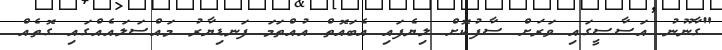
"ގާނޫނު އަސާސީގައި ވަރަށް ސާފުކޮށް ލިޔެފައި އެބައޮތް އުއްތަމަ ފަނޑިޔާރު މައްސަލައެއްގައި ގޮތެއް